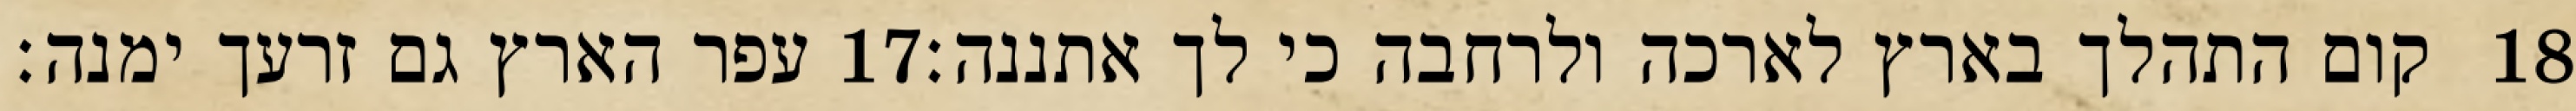
עפר הארץ גם זרעך ימנה׃ ‎17‏ קום התהלך בארץ לארכה ולרחבה כי לך אתננה׃ ‎18‏